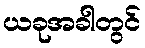
ယခုအခါတွင်